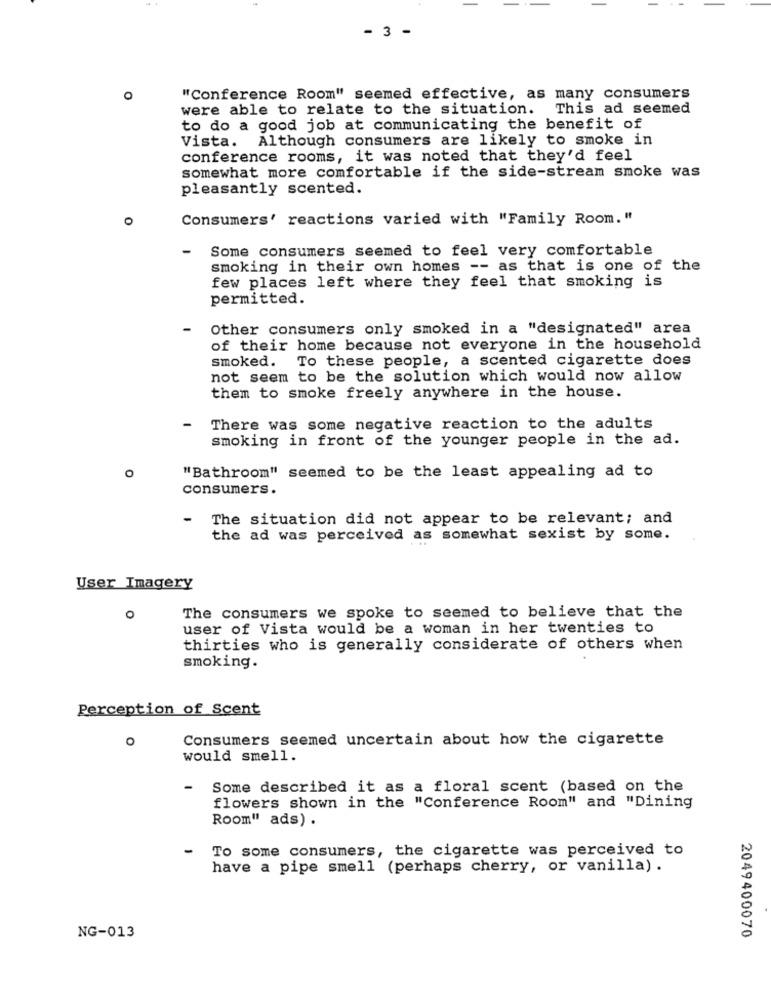
- 3 -
O
"Conference Room" seemed effective, as many consumers
were able to relate to the situation. This ad seemed
to do a good job at communicating the benefit of
Vista. Although consumers are likely to smoke in
conference rooms, it was noted that they'd feel
somewhat more comfortable if the side-stream smoke was
pleasantly scented.
0
Consumers' reactions varied with "Family Room. "
-
Some consumers seemed to feel very comfortable
smoking in their own homes -- as that is one of the
few places left where they feel that smoking is
permitted.
Other consumers only smoked in a "designated" area
of their home because not everyone in the household
To these people, a scented cigarette does
smoked.
not seem to be the solution which would now allow
them to smoke freely anywhere in the house.
=
There was some negative reaction to the adults
smoking in front of the younger people in the ad.
O
"Bathroom" seemed to be the least appealing ad to
consumers.
-
The situation did not appear to be relevant; and
the ad was perceived as somewhat sexist by some.
User Imagery
0
The consumers we spoke to seemed to believe that the
user of Vista would be a woman in her twenties to
thirties who is generally considerate of others when
smoking.
Perception of Scent
O
Consumers seemed uncertain about how the cigarette
would smell.
Some described it as a floral scent (based on the
flowers shown in the "Conference Room" and "Dining
Room" ads) .
-
To some consumers, the cigarette was perceived to
have a pipe smell (perhaps cherry, or vanilla) .
NG-013
2049400070